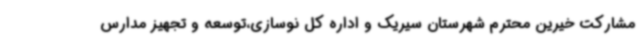
مشارکت خیرین محترم شهرستان سیریک و اداره کل نوسازی،توسعه و تجهیز مدارس